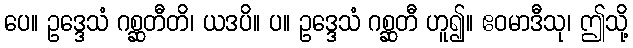
ပေ။ ဥဒ္ဒေသံ ဂစ္ဆတီတိ၊ ယဒပိ။ ပ။ ဥဒ္ဒေသံ ဂစ္ဆတီ ဟူ၍။ ဧဝမာဒီသု၊ ဤသို့